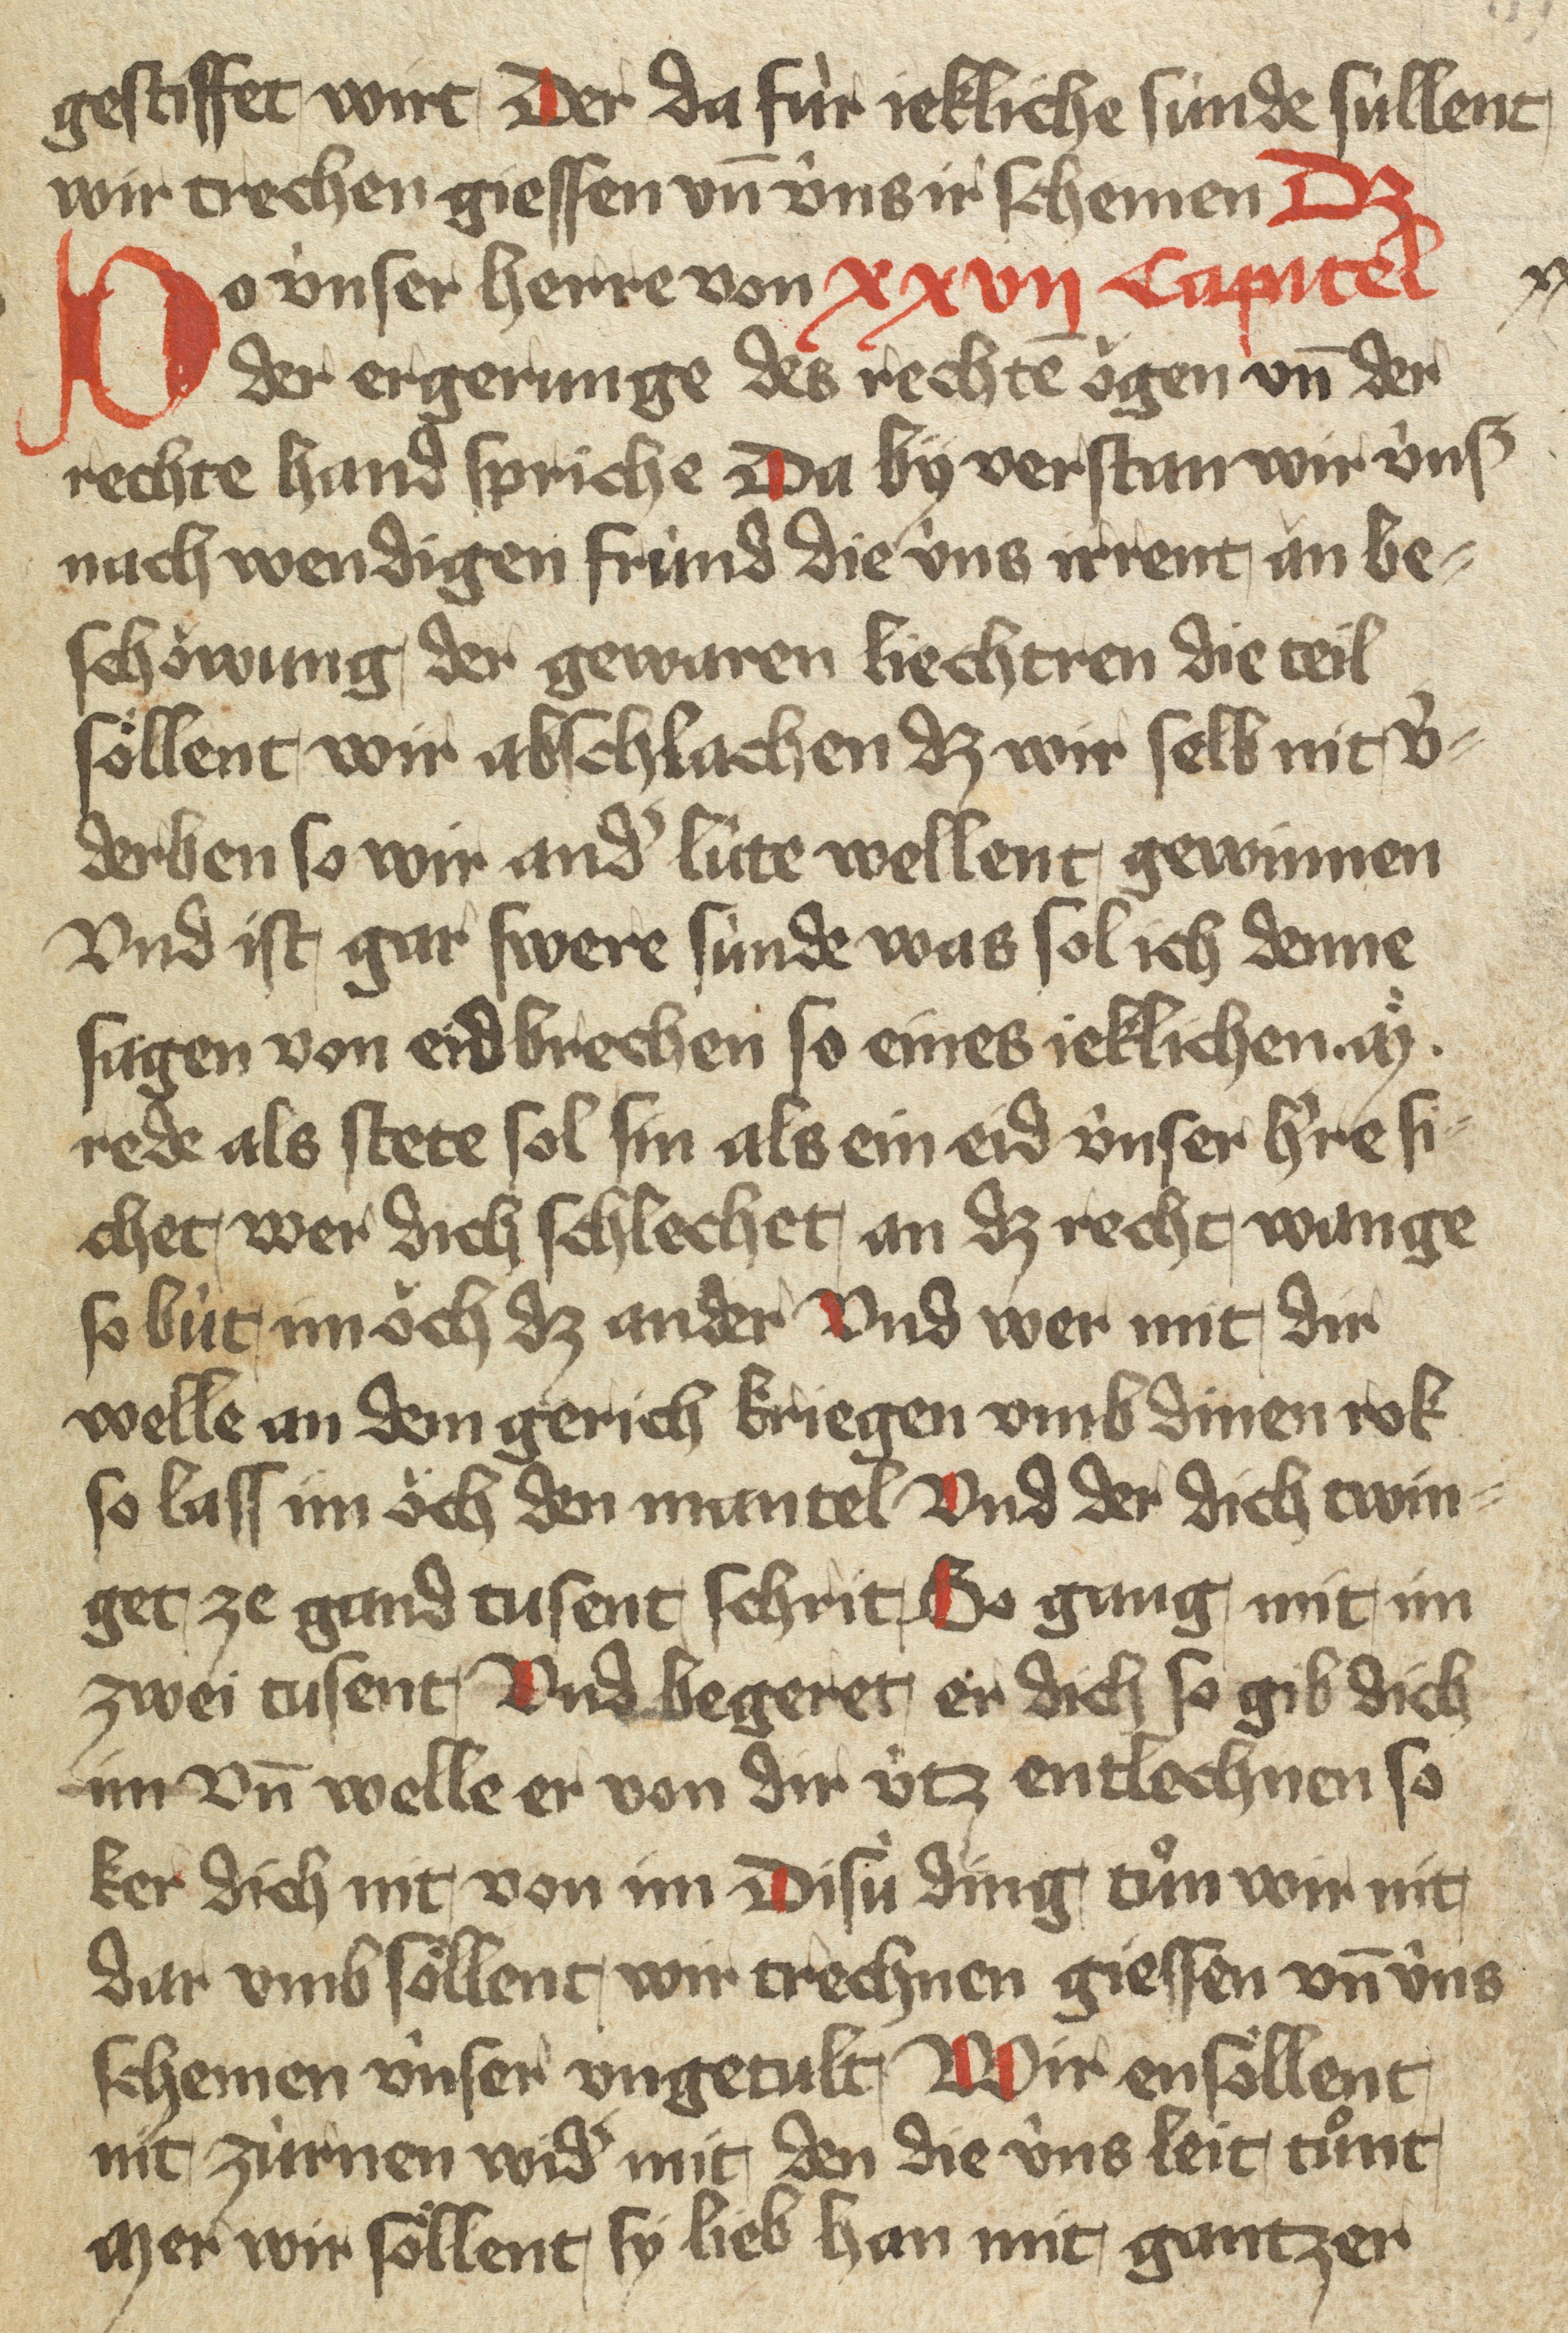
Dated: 1400–1499